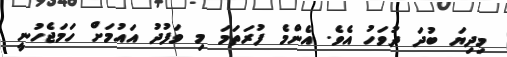
މިދިޔަ ބުދަ ދުވަހު އެވެ. އެންމެ ފުރަތަމަ މި ވަފުދު އައުމަށް ހަމަޖެހުނީ